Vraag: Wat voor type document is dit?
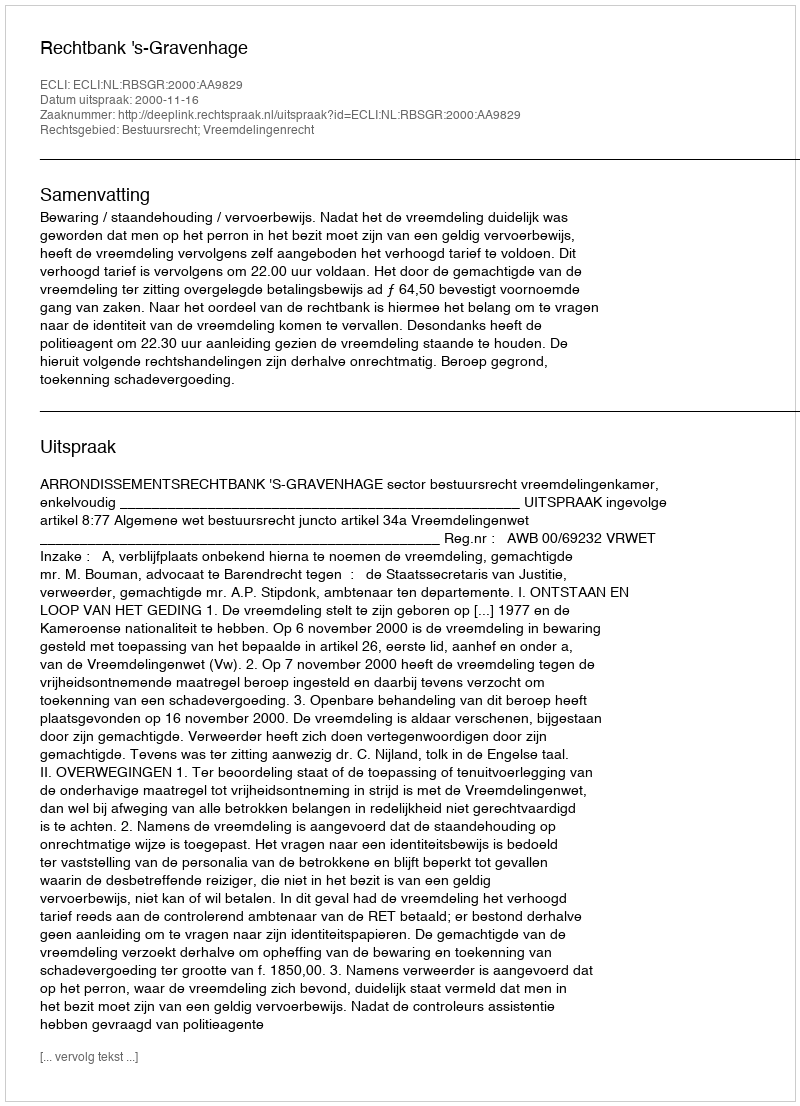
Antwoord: Uitspraak